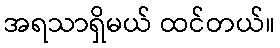
အရသာရှိမယ် ထင်တယ်။